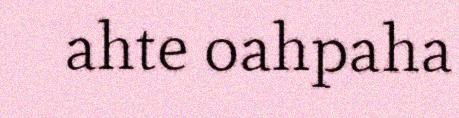
ahte oahpaha